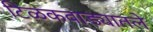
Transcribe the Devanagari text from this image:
टिळकवाड्यातले